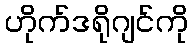
ဟိုက်ဒရိုဂျင်ကို